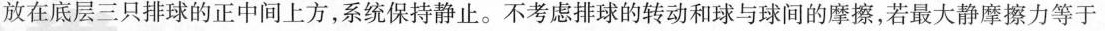
放在底层三只排球的正中间上方，系统保持静止。不考虑排球的转动和球与球间的摩擦，若最大静摩擦力等于